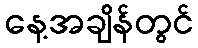
နေ့အချိန်တွင်